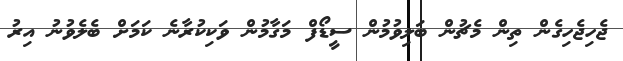
ޖެހިޖެހިގެން ތިން މެޗުން ބަލިވުމުން ސީޑޯފް މަގާމުން ވަކިކުރާނެ ކަމަށް ބެލެވުނު އިރު